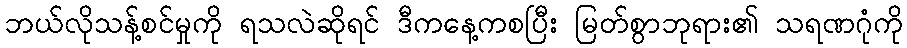
ဘယ်လိုသန့်စင်မှုကို ရသလဲဆိုရင် ဒီကနေ့ကစပြီး မြတ်စွာဘုရား၏ သရဏဂုံကို